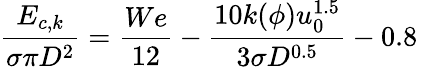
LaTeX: \frac{{{E}_{c,k}}}{\sigma\pi{{D}^{2}}}=\frac{We}{12}-\frac{10k(\phi)u_{0}^{1.5}}{3\sigma{{D}^{0.5}}}-0.8\